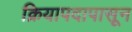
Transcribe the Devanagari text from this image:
क्रियापदापासून